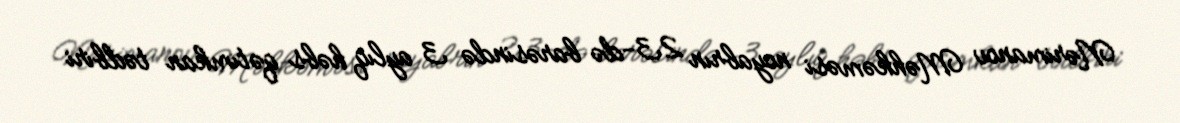
Nərimanov Məhkəməsi noyabrın 23-də barəsində 3 aylıq həbs qətimkan tədbiri